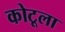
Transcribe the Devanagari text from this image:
कोटूला